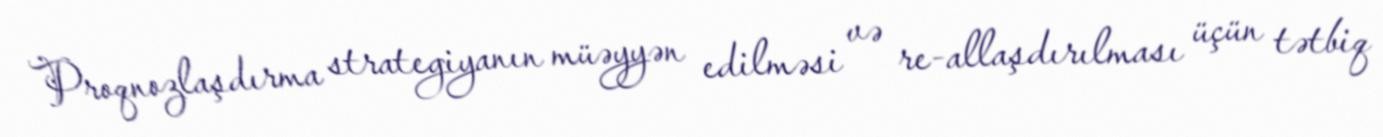
Proqnozlaşdırma strategiyanın müəyyən edilməsi və re-allaşdırılması üçün tətbiq